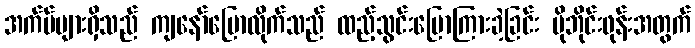
အက်ပ်များရှိသည် ကျနော်ပြောလိုက်သည် ထည့်သွင်းပြောကြားခဲ့ခြင်း မိုဘိုင်းဖုန်းအတွက်